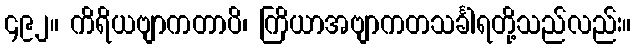
၄၉၂။ ကိရိယဗျာကတာပိ၊ ကြိယာအဗျာကတသင်္ခါရတို့သည်လည်း။